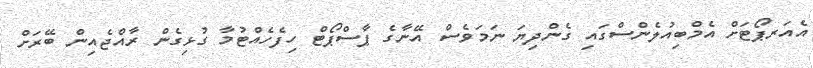
އެއަރޕޯޓަށް އެމްބިއުލެންސްގައި ގެންދިޔަ ނަމަވެސް އޭނާގެ ޕާސްޕޯޓް ހިފެހެއްޓުމާ ގުޅިގެން ރާއްޖެއިން ބޭރަށް